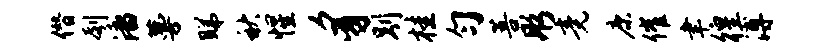
僭刳潘蔓睇秋惺豸别桂匀菩彤竟康催聿徨溥